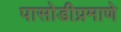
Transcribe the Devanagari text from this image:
पासोडीप्रमाणे